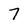
Character: 7